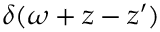
\delta ( \omega + z - z ^ { \prime } )